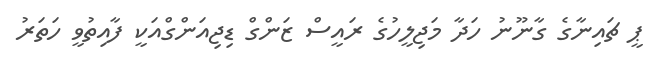
ޕީ ޗައިނާގެ ގާނޫނު ހަދާ މަޖިލީހުގެ ރައީސް ޒަންގް ޑިޖިއަންގްއަކީ ފާއިތުވީ ހަތަރު